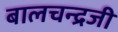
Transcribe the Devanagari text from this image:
बालचन्द्रजी